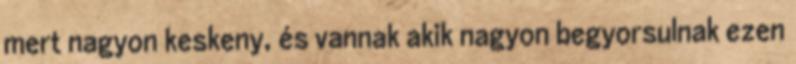
mert nagyon keskeny, és vannak akik nagyon begyorsulnak ezen